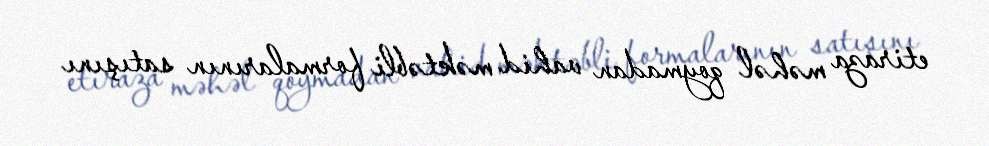
etiraza məhəl qoymadan vahid məktəbli formalarının satışını